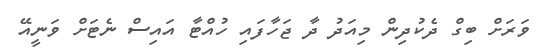
ވަރަށް ބިގް ދެކުދިން މިއަދު ދާ ޖަހާފައި ހުއްޓާ އައިސް ނެޓަށް ވަނީއޭ